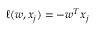
\ell ( w , x _ { j } ) = - w ^ { T } x _ { j }